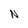
Character: N